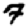
Digit: 7